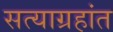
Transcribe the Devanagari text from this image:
सत्याग्रहांत